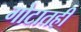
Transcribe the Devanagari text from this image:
गोटातही